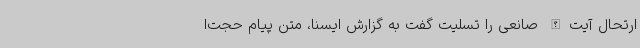
ارتحال آیت‌الله صانعی را تسلیت گفت به گزارش ایسنا، متن پیام حجت‌ا